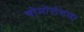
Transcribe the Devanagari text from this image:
चोमोलंगमा